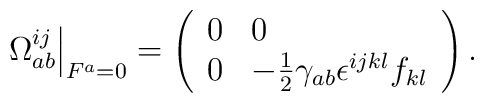
\left. \Omega _{ab}^{ij}\right| _{F^{a}=0}=\left( \begin{array}{ll}0 & 0 \\ 0 & -\frac{1}{2}\gamma _{ab}\epsilon ^{ijkl}f_{kl}\end{array}\right) .